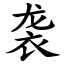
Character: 袭